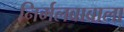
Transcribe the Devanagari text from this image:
निर्मलबाबाला